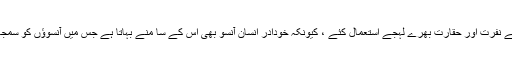
مجھے خوشی ہے کہ والدین نے نفرت اور حقارت بھرے لہجے استعمال کئے ، کیونکہ خودادر انسان آنسو بھی اس کے سا منے بہاتا ہے جس میں آنسوؤں کو سمجھنے کی صلاحیت ہو تی ہے ۔